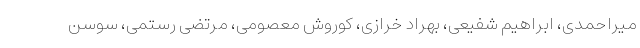
میراحمدی، ابراهیم شفیعی، بهراد خرازی، کوروش معصومی، مرتضی رستمی، سوسن